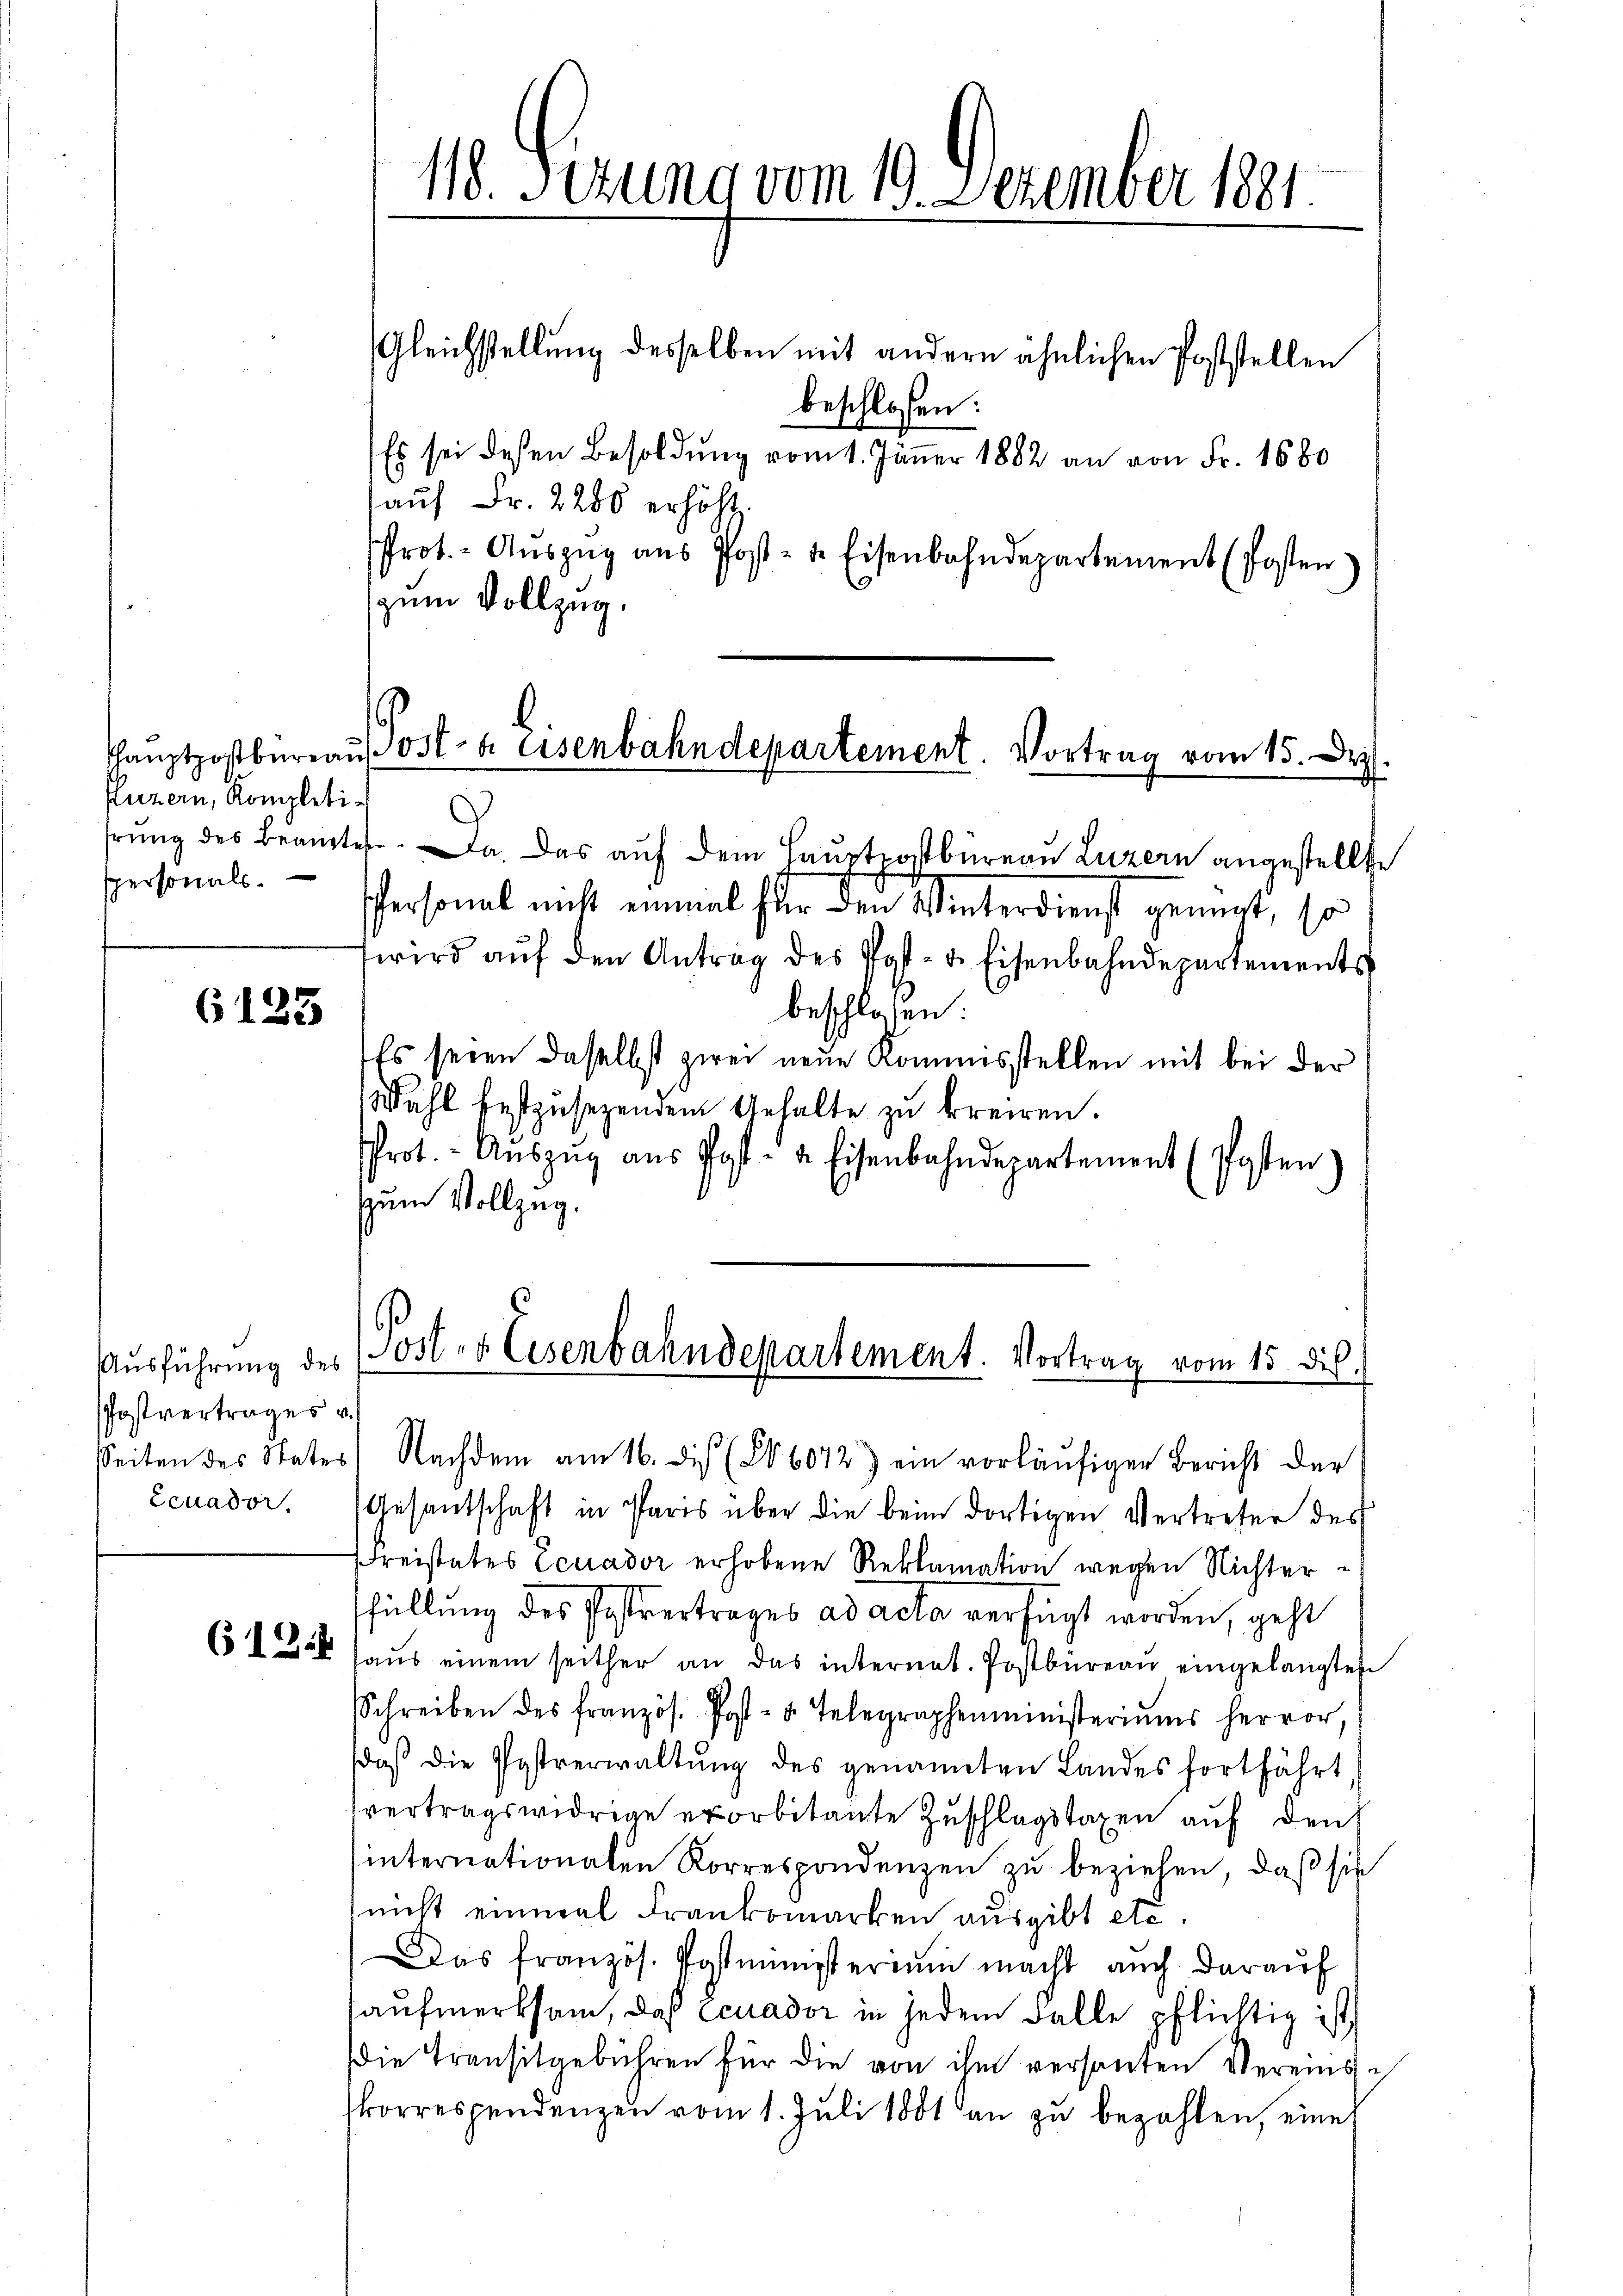
Puzern, Kompletispersonals.

6123

Ausführung des
PPostvertrages v.

Gleichstellung desselben mit andern ähnlichen Poststellen
beschlossen:
Es sei dessen Besoldŭng vom 1. Jäṅer 1882 an von Fr. 1680
aŭf Fr. 2280 erhöht.
Prot. - Auszug aus Post- u. Eisenbahndepartement (Posten)
zum Vollzug.

118. Sezung vom 19. Dezember 1891.

Haŭptpostbüreaŭ ost- u. Eisenbahndepartement. Vortrag vom 15. Dez
d

.
hrung des Beamtes a. Das auf dem Hauptpostbureau Luzern angestellte
Personal nicht einmal für den Winterdienst genügt, so
wird aŭf den Antrag des Post- u. Eisenbahndepartements
beschlossen:
Es seien daselbst zwei neue Kommisstellen mit bei der
Wahl festzusezendem Gehalte zu kreiren.
Prot. Aŭszŭg aŭs Post- u. Eisenbahndepartement (Posten
zum Vollzug.

Seiten des Vater: Nachdem am 16. des (§ 6072) ein vorläŭfiger Bericht der
écuador. Gesantschaft in Paris über die beim dortigen Vertreter des
Kreistetes Ecuador erhobene Reklamation wegen Nichterfüllung des Postvertrages ad acta verfügt worden, geht
61 haŭs einem seither an das internat. Postbüreaŭ eingelangten
Schreiben des französ. Post- u. Telegraphenministeriŭms hervor,
daβ die Postverwaltŭng des genannten Landes fortfährt
vertragswidrige exorbitante Zuschlagstaxen auf den
internationalen Korrespondenzen zu beziehen, daß sie
nicht einmal Frankomarken ausgibt etc.
Das französ. Postministerium macht auch daraŭf
aufmerksam, daß Ecuador in jedem Falle pflichtig ist
Die Transitgebühren für die von ihm versanten Vereinskorrespendenzen vom 1. Juli 1881 an zu bezahlen, eine

Post- & Eisenbahndepartement. Vortrag vom 15. di